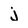
Character: j